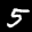
Label: 5